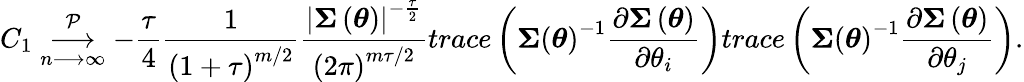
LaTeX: C_{1}\underset{n\longrightarrow\infty}{\overset{\mathcal{P}}{\longrightarrow}}-\frac{\tau}{4}\frac{1}{\left(1+\tau\right)^{m/2}}\frac{\left\vert\boldsymbol{\Sigma}\left(\boldsymbol{\theta}\right)\right\vert^{-\frac{\tau}{2}}}{\left(2\pi\right)^{m\tau/2}}trace\left(\boldsymbol{\Sigma}\left(\boldsymbol{\theta}\right)^{-1}\frac{\partial\boldsymbol{\Sigma}\left(\boldsymbol{\theta}\right)}{\partial\theta_{i}}\right)trace\left(\boldsymbol{\Sigma}\left(\boldsymbol{\theta}\right)^{-1}\frac{\partial\boldsymbol{\Sigma}\left(\boldsymbol{\theta}\right)}{\partial\theta_{j}}\right).